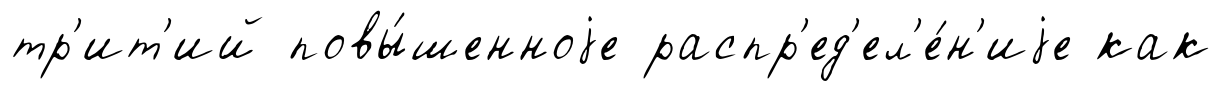
тр'ит'ий повы́шенноjе распр'ед'ел'е́н'иjе как